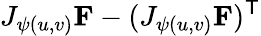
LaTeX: J_{\psi(u,v)}\mathbf{F}-(J_{\psi(u,v)}\mathbf{F})^{\mathsf{T}}